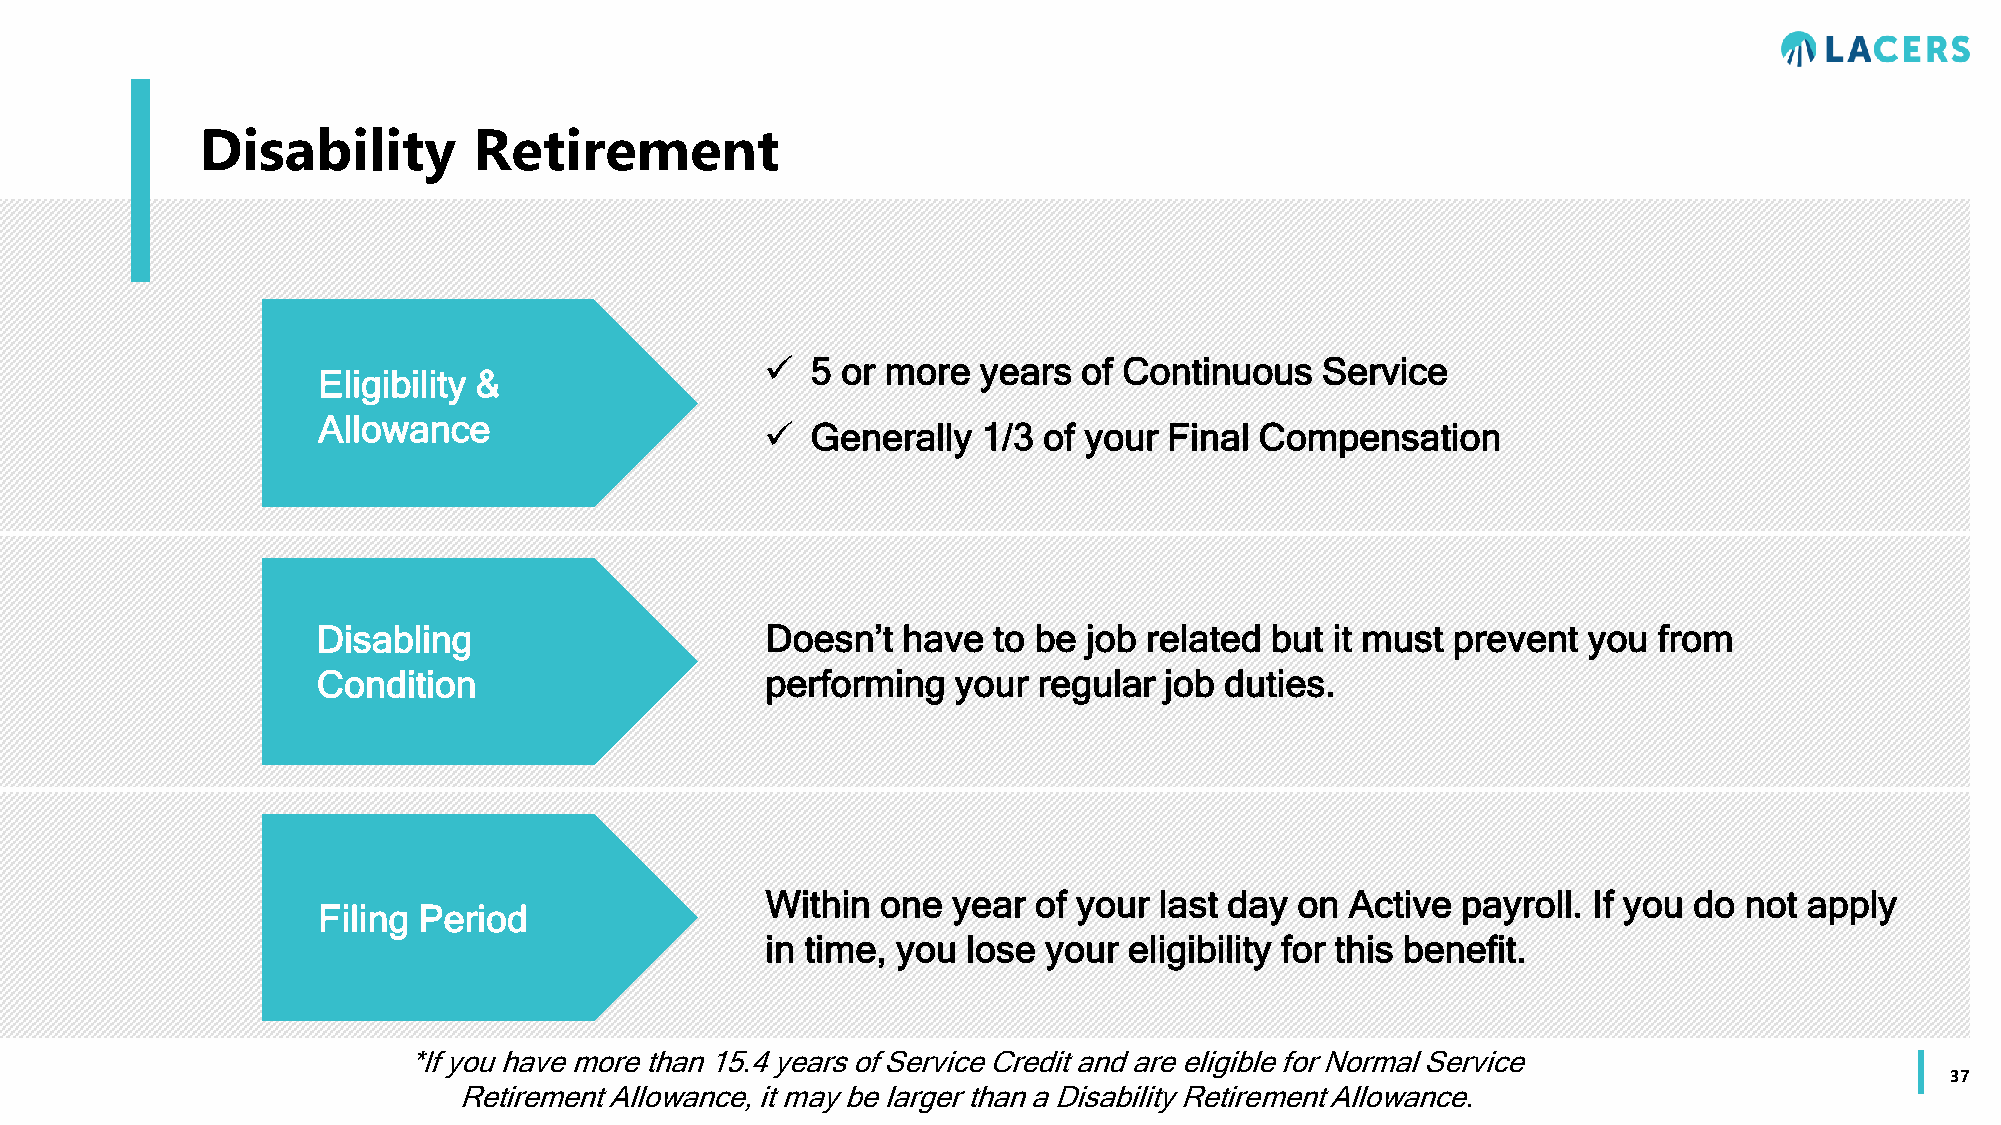
Disability        Retirement
   5 or more  years  of Continuous  Service
 Eligibility &
 Allowance
   Generally  1/3 of your Final Compensation
 Disabling                     Doesn’t  have  to be job related but it must prevent  you  from
 Condition                     performing  your  regular job duties.
 Within one  year of your  last day on Active  payroll. If you do not apply
 Filing Period
 in time, you lose your  eligibility for this benefit.
 *If you have more than 15.4 years of Service Credit and are eligible for Normal Service
 37
 Retirement Allowance, it may be larger than a Disability Retirement Allowance.